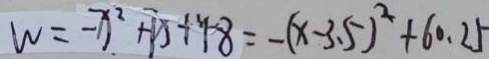
w = - x ^ { 2 } + 7 x + 4 8 = - ( x - 3 . 5 ) ^ { 2 } + 6 0 . 2 5